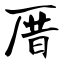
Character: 厝